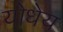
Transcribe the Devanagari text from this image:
योधेय